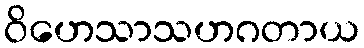
ဝိဟေသာသဟဂတာယ